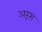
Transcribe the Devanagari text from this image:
अरूस